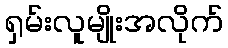
ရှမ်းလူမျိုးအလိုက်